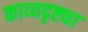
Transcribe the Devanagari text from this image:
काव्यदृष्ट्या